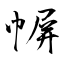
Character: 幈